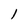
Character: l